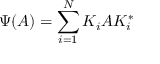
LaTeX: \Psi ( A ) = \sum _ { i = 1 } ^ { N } K _ { i } A K _ { i } ^ { * }